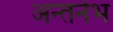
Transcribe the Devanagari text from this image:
अन्तर्नभ